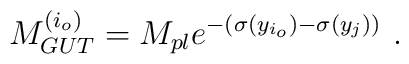
M_{GUT}^{(i_o)} = M_{pl} e^{- (\sigma(y_{i_o}) -  \sigma(y_j))}  ~.~ \,